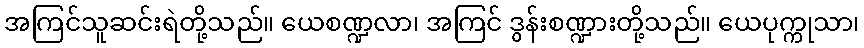
အကြင်သူဆင်းရဲတို့သည်။ ယေစဏ္ဍလာ၊ အကြင် ဒွန်းစဏ္ဍားတို့သည်။ ယေပုက္ကုသာ၊